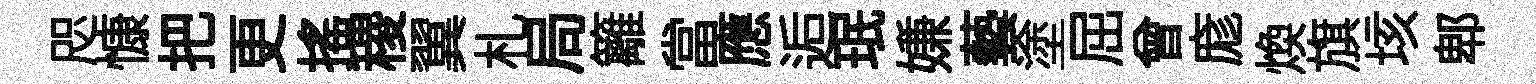
咫慷把更摇稷翼札局籬當應逅珉嫌藝塗屈曾庬煥旗垓郫